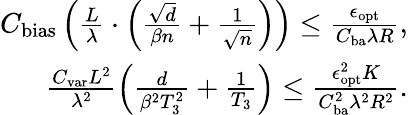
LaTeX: \begin{array}{r}{C_{\textup{bias}}\left(\frac L\lambda\cdot\left(\frac{\sqrt d}{\beta n}+\frac 1{\sqrt n}\right)\right)\le\frac{\epsilon_{\textup{opt}}}{C_{\textup{ba}}\lambda R},}\\ {\frac{C_{\textup{var}}L^{2}}{\lambda^{2}}\left(\frac{d}{\beta^{2}T_{3}^{2}}+\frac 1{T_{3}}\right)\le\frac{\epsilon_{\textup{opt}}^{2}K}{C_{\textup{ba}}^{2}\lambda^{2}R^{2}}.}\end{array}